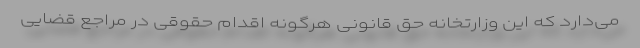
می‌دارد که این وزارتخانه حق قانونی هرگونه اقدام حقوقی در مراجع قضایی